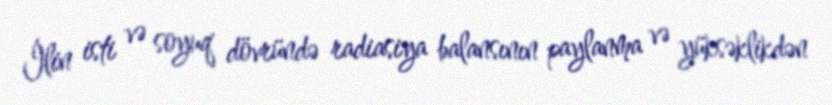
İlin isti və soyuq dövründə radiasiya balansının paylanma və yüksəklikdən